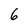
Character: 6